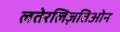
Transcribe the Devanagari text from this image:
लतेरलिज़तिओन